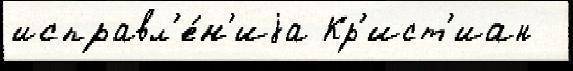
исправл'е́н'иjа Кр'ист'иан